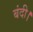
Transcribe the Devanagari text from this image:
बंदी।